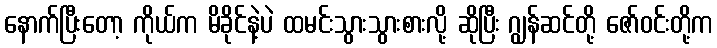
နောက်ပြီးတော့ ကိုယ်က မိခိုင်နဲ့ပဲ ထမင်းသွားသွားစားလို့ ဆိုပြီး ဂျွန်ဆင်တို့ ဇော်ဝင်းတို့က